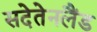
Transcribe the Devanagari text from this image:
सदेतेनलैंड